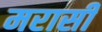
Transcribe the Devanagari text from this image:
मरासी